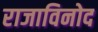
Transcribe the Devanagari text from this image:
राजाविनोद